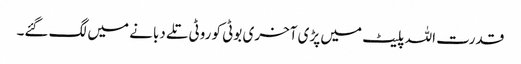
قدرت اللہ پلیٹ میں پڑی آخری بوٹی کو روٹی تلے دبانے میں لگ گئے۔